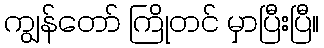
ကျွန်တော် ကြိုတင် မှာပြီးပြီ။